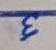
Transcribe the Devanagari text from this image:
६